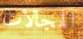
المجالات